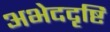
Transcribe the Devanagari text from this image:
अभेददृष्टि